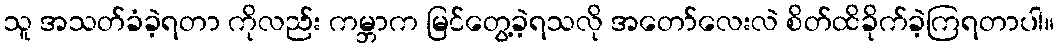
သူ အသတ်ခံခဲ့ရတာ ကိုလည်း ကမ္ဘာက မြင်တွေ့ခဲ့ရသလို အတော်လေးလဲ စိတ်ထိခိုက်ခဲ့ကြရတာပါ။